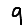
Digit: 9